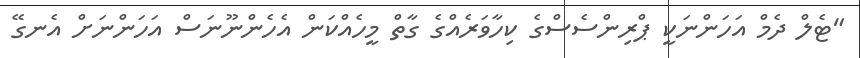
"ޓެލް ދެމް އަހަންނަކީ ޕްރިންސެސްގެ ކިހާވަރެއްގެ ގާތް މީހެއްކަން އެހެންނޫނަސް އަހަންނަށް އެނގޭ